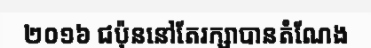
២០១៦ ជប៉ុននៅតែរក្សាបានតំណែង